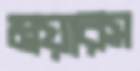
ময়ারস